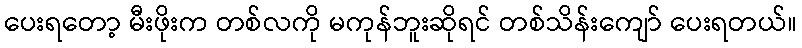
ပေးရတော့ မီးဖိုးက တစ်လကို မကုန်ဘူးဆိုရင် တစ်သိန်းကျော် ပေးရတယ်။